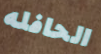
الحافله